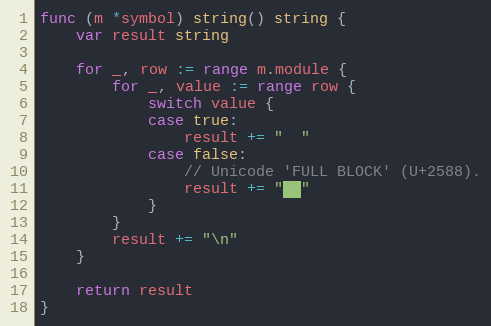
Language: Go
func (m *symbol) string() string {
	var result string

	for _, row := range m.module {
		for _, value := range row {
			switch value {
			case true:
				result += "  "
			case false:
				// Unicode 'FULL BLOCK' (U+2588).
				result += "██"
			}
		}
		result += "\n"
	}

	return result
}